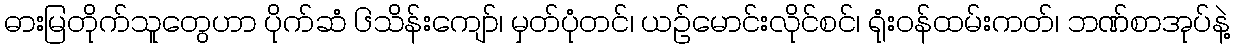
ဓားမြတိုက်သူတွေဟာ ပိုက်ဆံ ၆သိန်းကျော်၊ မှတ်ပုံတင်၊ ယဉ်မောင်းလိုင်စင်၊ ရုံးဝန်ထမ်းကတ်၊ ဘဏ်စာအုပ်နဲ့